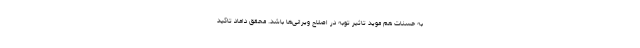
به حسنات هم موید تاثیر توبه در اصلاح ویرانی‌ها باشد. محقق داماد تاکید